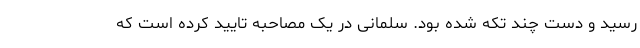
رسید و دست چند تکه شده بود. سلمانی در یک مصاحبه تایید کرده است که